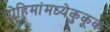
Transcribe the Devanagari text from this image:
मोहिमांमध्येकुकूक